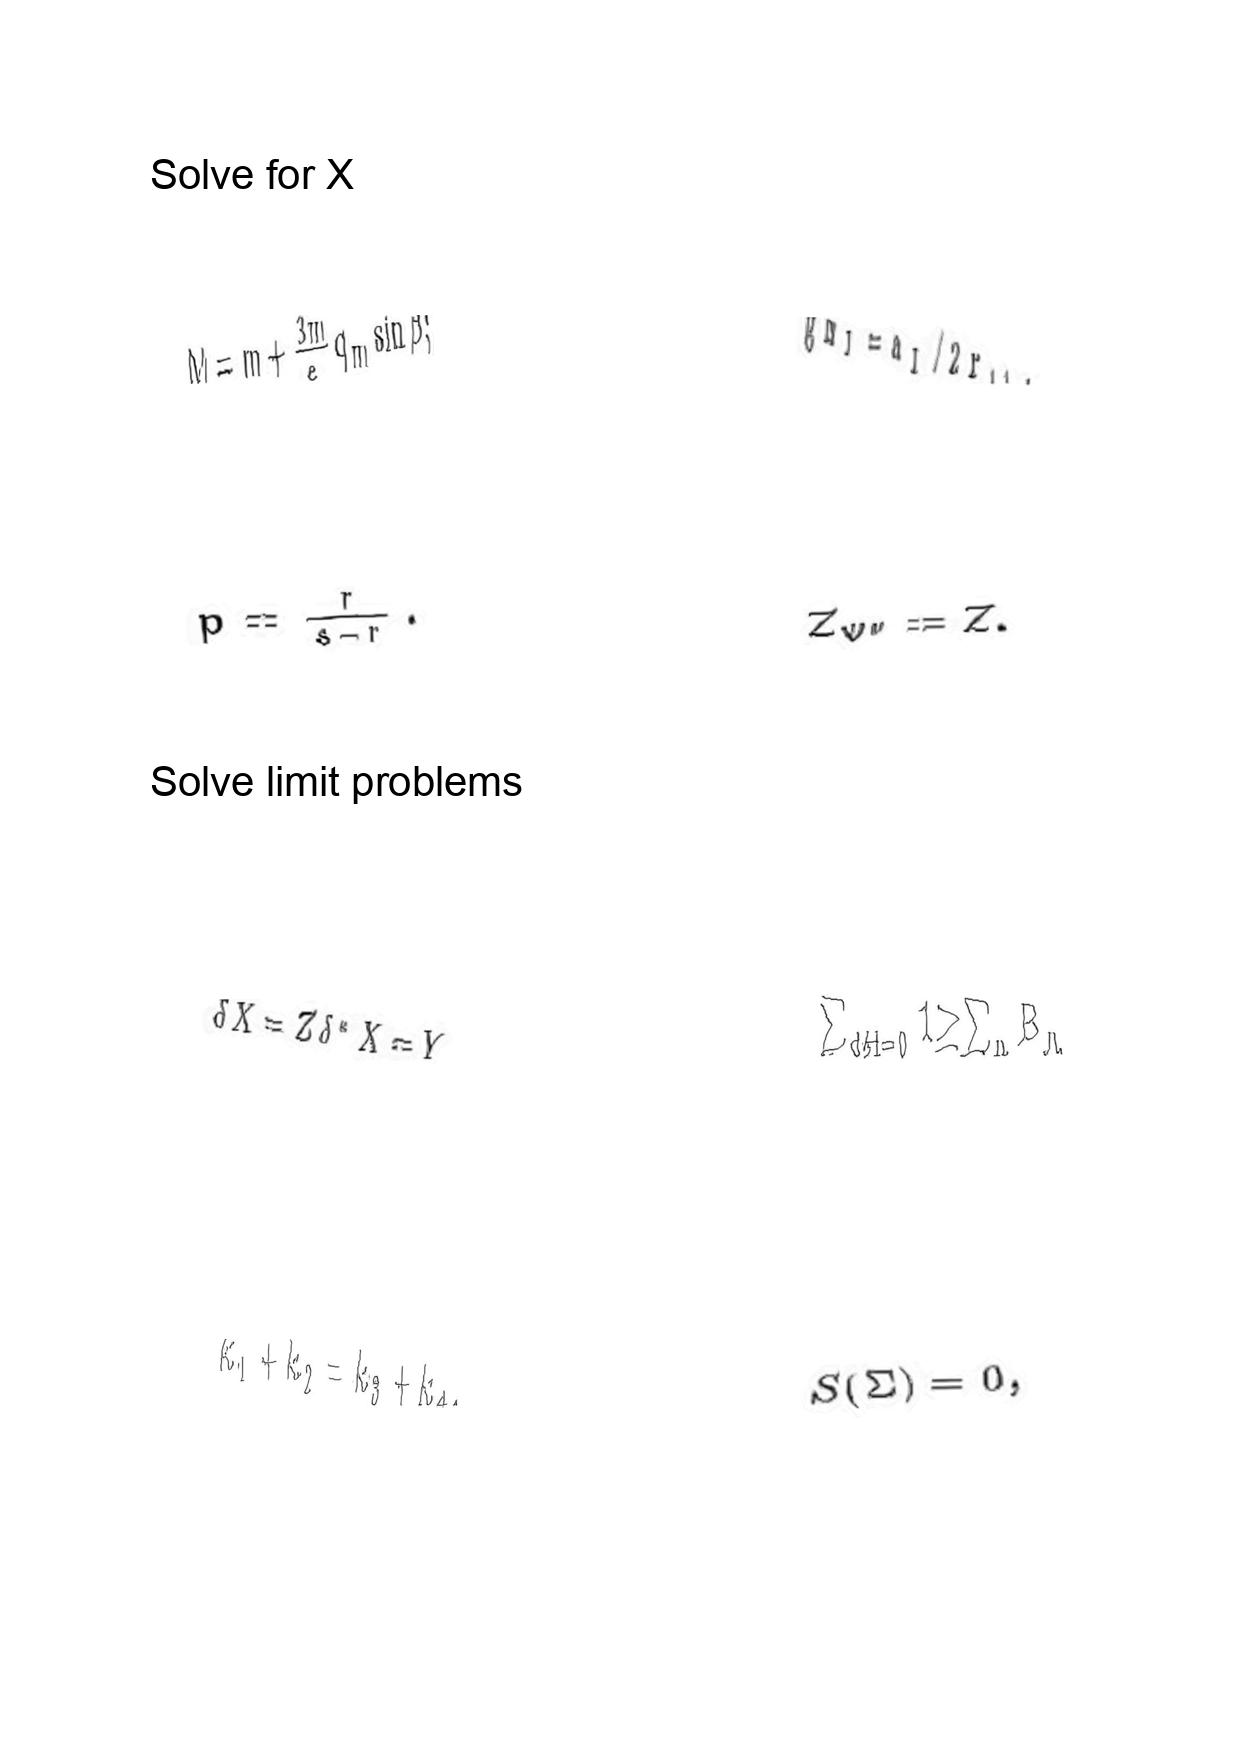
LaTeX transcription:
M = m + \frac { 3 m } { e } q _ { m } \sin \beta ;
p = \frac { r } { s - r } .
\delta X = Z \delta ^ { \ast } X = Y
k _ { 1 } + k _ { 2 } = k _ { 3 } + k _ { 4 } ,
g m _ { I } = a _ { I } / 2 r _ { 1 1 } .
Z _ { \Psi ^ { \prime \prime } } = Z .
\sum _ { d H = 0 } 1 \geq \sum _ { n } B _ { n }
S \lparen \Sigma \rparen = 0 ,